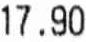
17.90